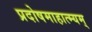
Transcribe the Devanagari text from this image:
प्रदोषमाहात्म्यम्